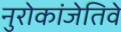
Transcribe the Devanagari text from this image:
नुरोकांजेतिवे